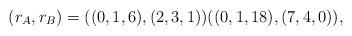
LaTeX: \begin{align*}(r_A,r_B)=((0, 1, 6),( 2, 3, 1)) ((0, 1, 18),( 7, 4, 0)),\end{align*}